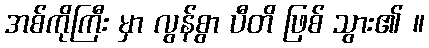
အစ်ကိုကြီး မှာ လွန်စွာ ပီတိ ဖြစ် သွား၏ ။